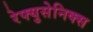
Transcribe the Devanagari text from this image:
रेफ्युसेनिक्स